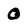
Character: 0